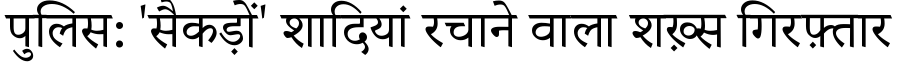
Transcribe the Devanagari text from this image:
पुलिस: 'सैकड़ों' शादियां रचाने वाला शख़्स गिरफ़्तार